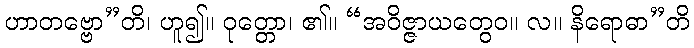
ဟာတဗ္ဗော”တိ၊ ဟူ၍။ ဝုတ္တော၊ ၏။ “အဝိဇ္ဇာယတွေဝ။ လ။ နိရောဓာ”တိ